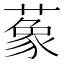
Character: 𦺨